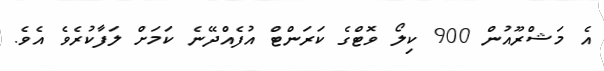
އެ މަޝްރޫއުން 900 ކިލޯ ވޮޓްގެ ކަރަންޓް އުފެއްދޭނެ ކަމަށް ލަފާކުރެވެ އެވެ.